Source: Handwritten
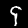
Digit: ၄ (4)